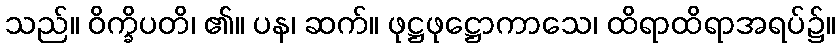
သည်။ ဝိက္ခိပတိ၊ ၏။ ပန၊ ဆက်။ ဖုဋ္ဌဖုဋ္ဌောကာသေ၊ ထိရာထိရာအရပ်၌။